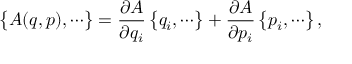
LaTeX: \bigl \{ A ( q , p ) , \cdots \bigr \} = \frac { \partial A } { \partial q _ { i } } \, \bigl \{ q _ { i } , \cdots \bigr \} + \frac { \partial A } { \partial p _ { i } } \, \bigl \{ p _ { i } , \cdots \bigr \} \, ,